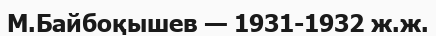
М.Байбоқышев — 1931-1932 ж.ж.